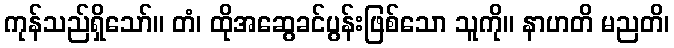
ကုန်သည်ရှိသော်။ တံ၊ ထိုအဆွေခင်ပွန်းဖြစ်သော သူကို။ နာဟတိ မညတိ၊